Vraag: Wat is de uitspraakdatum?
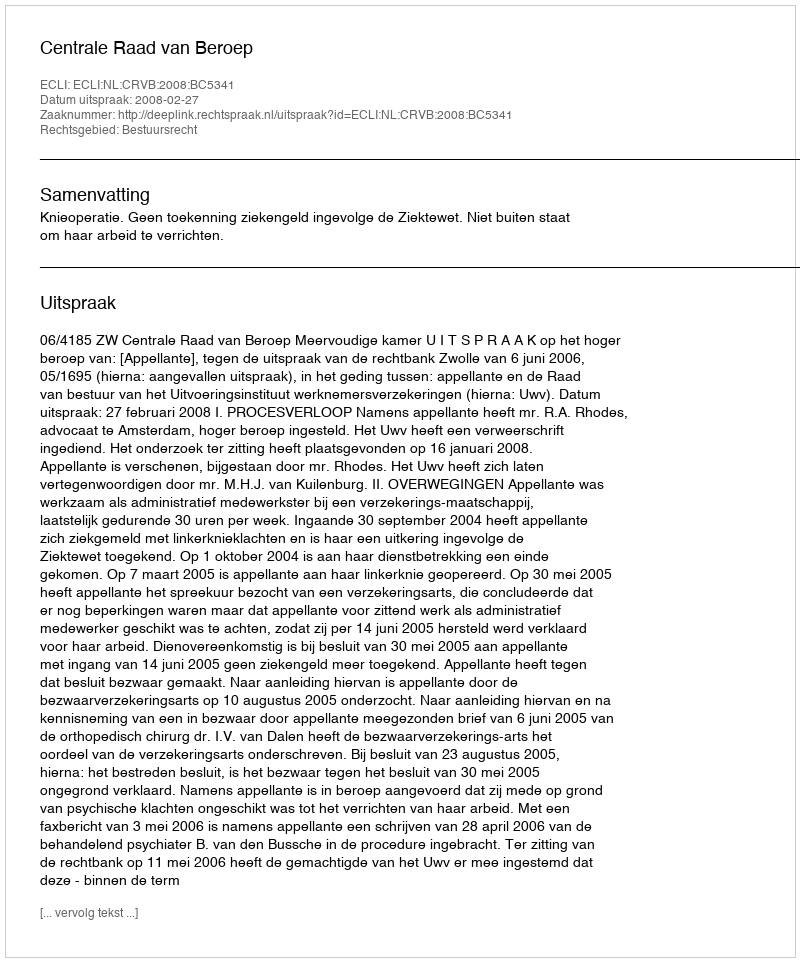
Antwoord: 2008-02-27